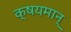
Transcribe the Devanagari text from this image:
क्षयमान्